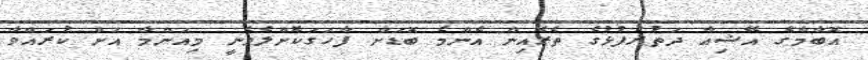
އޮބާމާގެ އޭޝިއާ ދަތުރުފުޅުގެ ތެރެއިން އެންމެ ބޮޑަށް ފާހަގަކޮށްލެވެނީ މިއަންމާ އަށް ކުރައްވާ